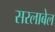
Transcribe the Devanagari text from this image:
सरलाबेल